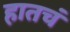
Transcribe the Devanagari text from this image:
हातचं